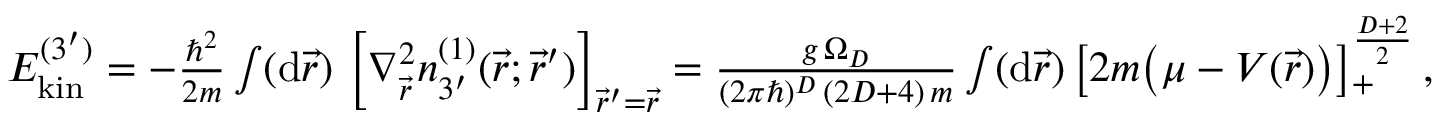
\begin{array} { r } { E _ { \mathrm { k i n } } ^ { ( 3 ^ { \prime } ) } = - \frac { \hbar ^ { 2 } } { 2 m } \int ( \mathrm { d } \vec { r } ) \, \left[ \boldsymbol { \nabla } _ { \vec { r } } ^ { 2 } n _ { 3 ^ { \prime } } ^ { ( 1 ) } ( \vec { r } ; \vec { r } ^ { \prime } ) \right] _ { \vec { r } ^ { \prime } = \vec { r } } = \frac { g \, \Omega _ { D } } { ( 2 \pi \hbar ) ^ { D } \, ( 2 D + 4 ) \, m } \int ( \mathrm { d } \vec { r } ) \, \big [ 2 m \big ( \mu - V ( \vec { r } ) \big ) \big ] _ { + } ^ { \frac { D + 2 } { 2 } } \, , } \end{array}